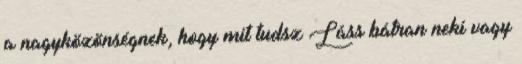
a nagyközönségnek, hogy mit tudsz Láss bátran neki vagy